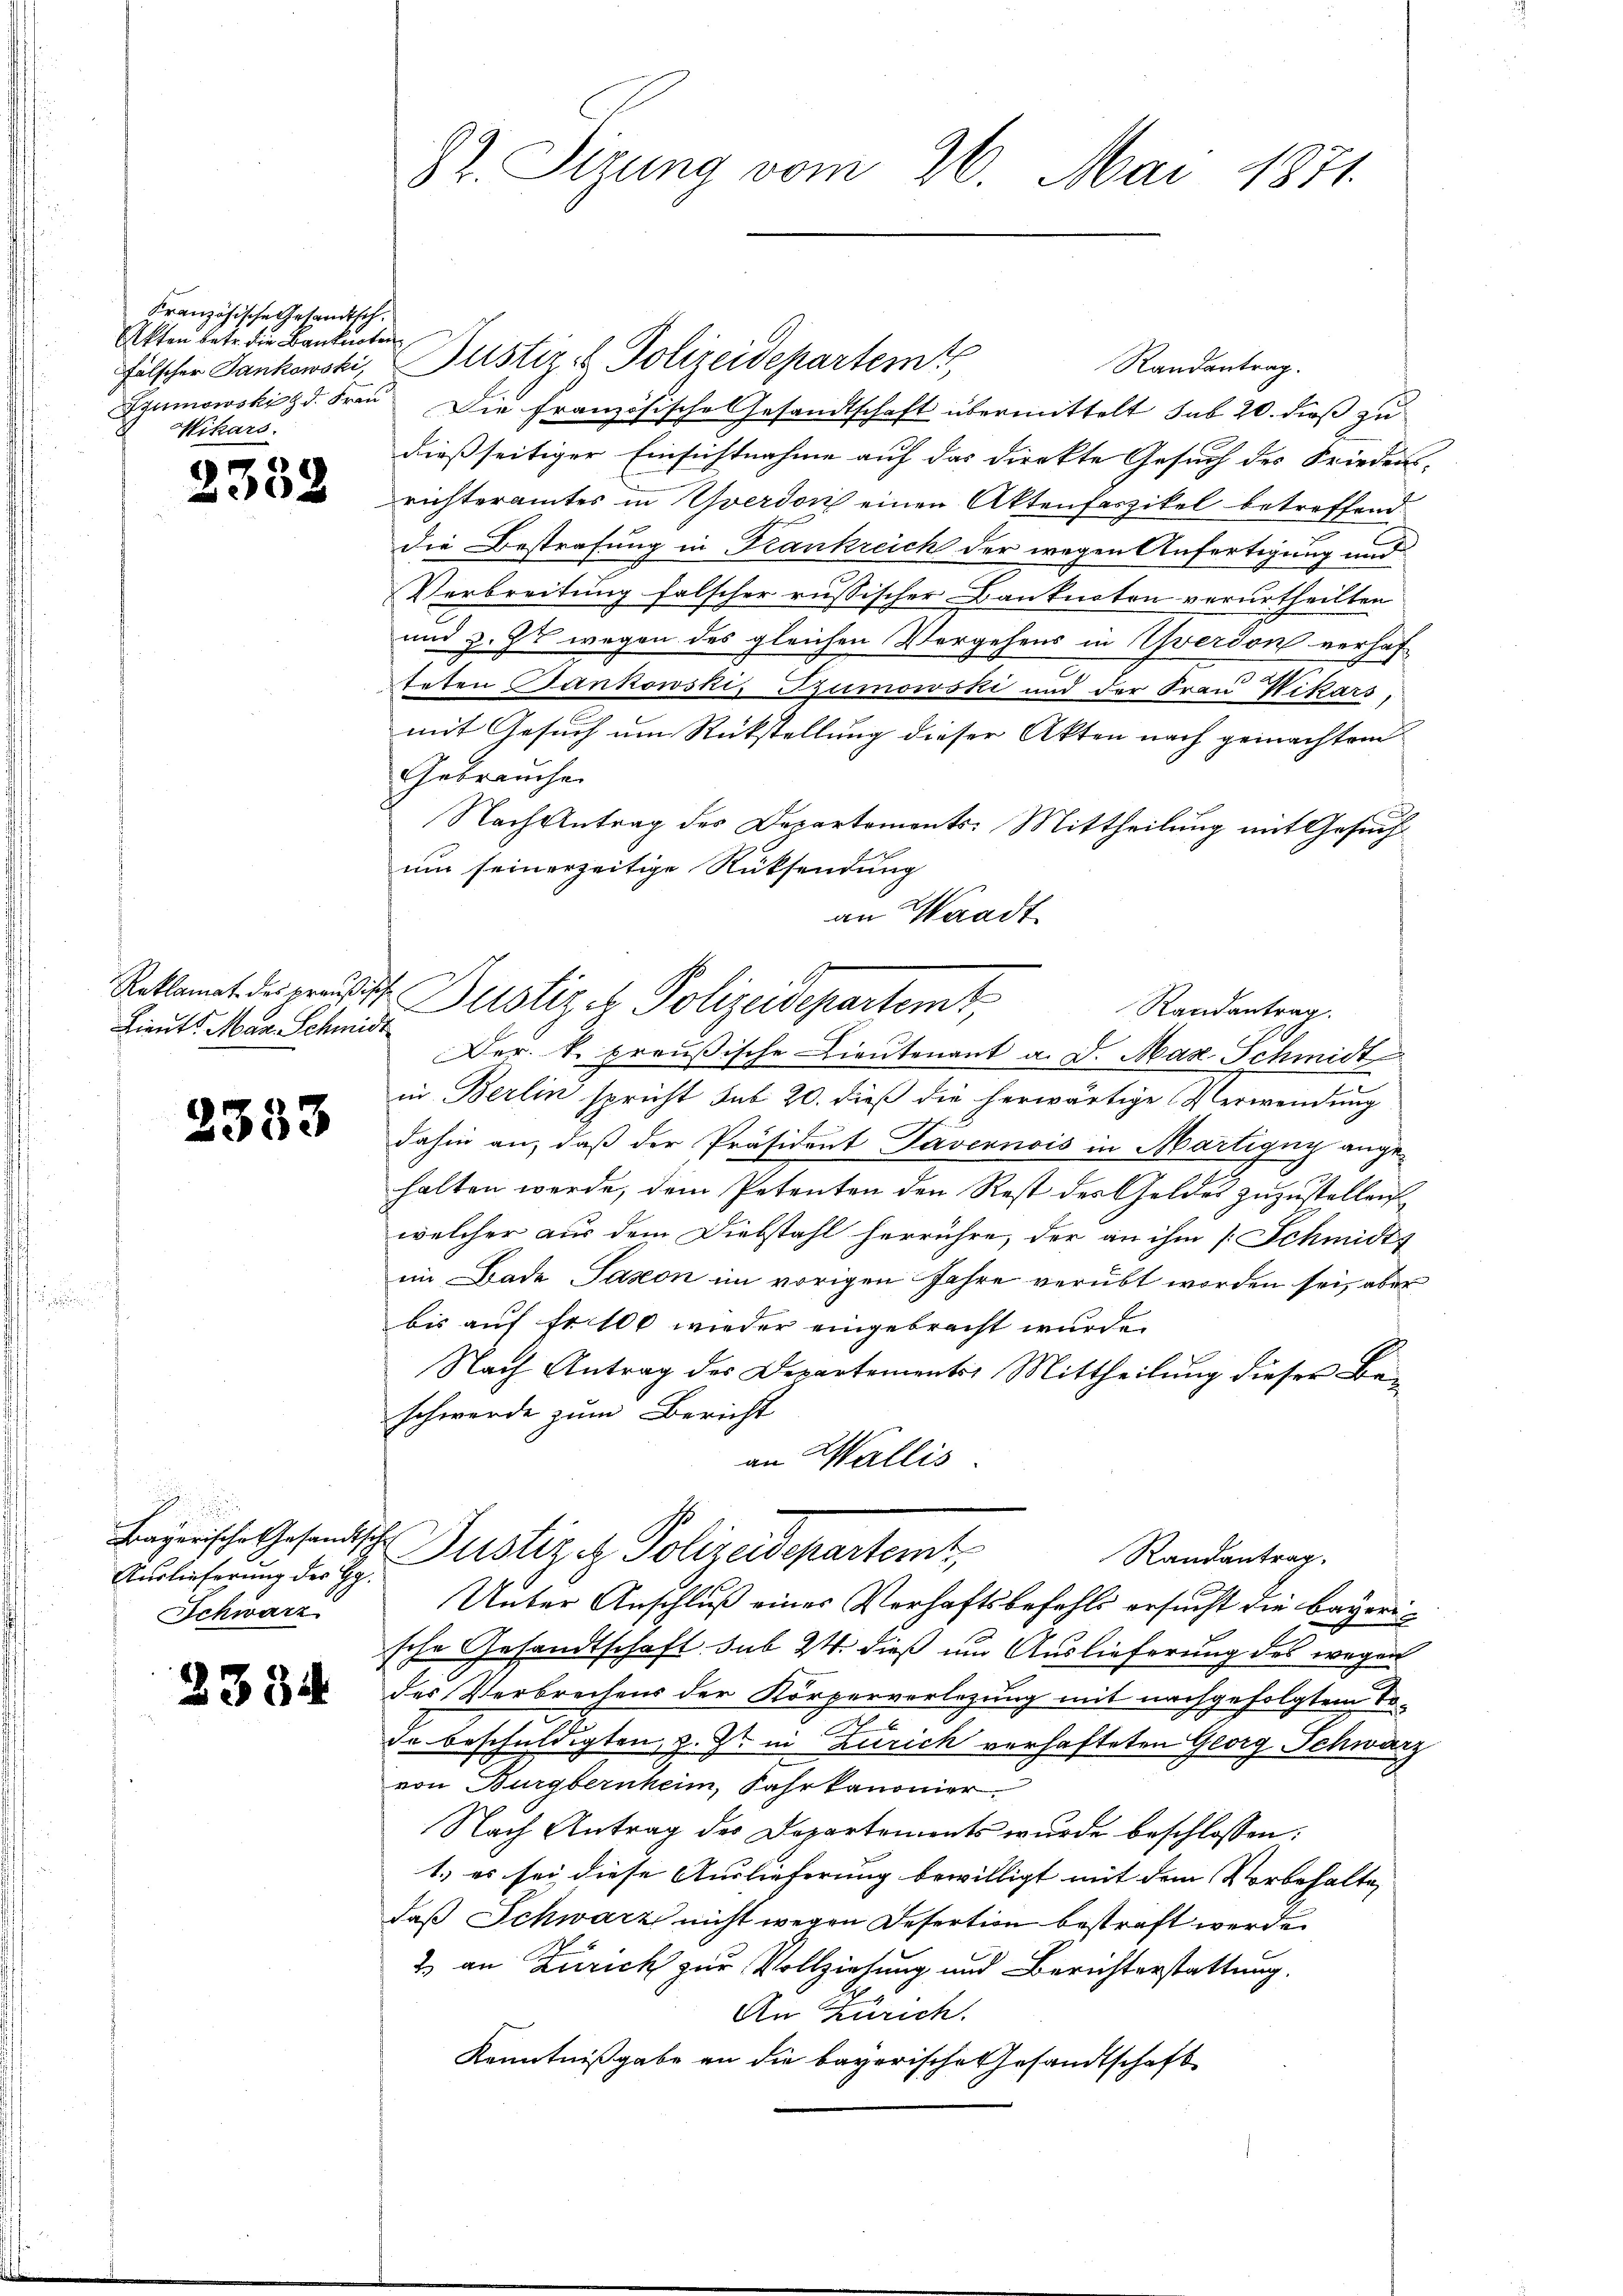
Kranzösische Gesandtsch.
Akten betr. die Banknoten
Wikars.

2332

Lieut. Mar. Schmidt

2333

Auslieferung des Hy.
Schwarz

2334

87. Sizung vom 26. Mai 1871.

fälscher Sankowski, Justiz & Polizeidepartem
Randantrag.
Syniowski d. Frau Die französische Gesandtschaft übermittelt sub 20. dieß zu
dießseitiger Einsichtnahme auf das direkte Gesuch des Friedens-
richteramtes in Yverdon einen Aktenfaszikel betreffend.
die Bestrafung in Frankreich der wegen Anfertigung und
Verbreitung falscher russischer Banknoten verurtheilten
und z. Zt. wegen des gleichen Vorgehens in Yverdon verhaf
teten Jankowski, Szumowski und der Frau Wikars,
mit Gesuch um Rückstellung dieser Akten nach gemachtem
Gebrauche
Nach Antrag des Departements: Mittheilung mit Gesuch
um seinerzeitige Rücksendung
an Waadt
Der. V. preußische Lieutenant a. d. Max Schmidt
in Berlin spricht sub 20. dieß die herwärtige Verwendung
dahin an, daß der Präsident Pavennois in Martigny angehalten werde, dem Petenten den Rest des Geldes zuzustellen,
welcher aus dem Diebstahl herrühre, der an ihm [Schmidts
im Bade Jason im vorigen Jahre verübt worden sei, aber
bis auf Fr. 100 wieder eingebracht wurde.
Nach Antrag des Departements Mittheilung dieser Beschwerde zum Bericht
an Wallis
Bayerische Gesandtsche Justiz & Polizeidepartemt
Randantrag.
Unter Anschluß eines Verhaftsbefehls ersucht die Bayerische Gesandtschaft sub 24. dieß um Auslieferung des wegen
des Verbrechens der Körperverlegung mit nachgefolgtem Toda beschuldigten z. Zt. in Zürich verhafteten Georg Schwarz
von Burgbernheim, Jahr kanonier.
Nach Antrag des Departements wurde beschlossen:
1.) es sei diese Auslieferung bewilligt mit dem Vorbehalte,
daß Schwarz nicht wegen Desertion bestraft werde.
2 an Zürich zur Vollziehung und Berichterstattung.
An Zürich.
Kenntnißgabe an die bayerische Gesandtschaft

Reklamat des preußische Justiz & Polizeidepartemt,
Randantrag.